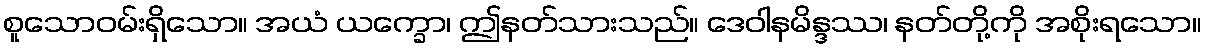
စူသောဝမ်းရှိသော။ အယံ ယက္ခော၊ ဤနတ်သားသည်။ ဒေဝါနမိန္ဒဿ၊ နတ်တို့ကို အစိုးရသော။